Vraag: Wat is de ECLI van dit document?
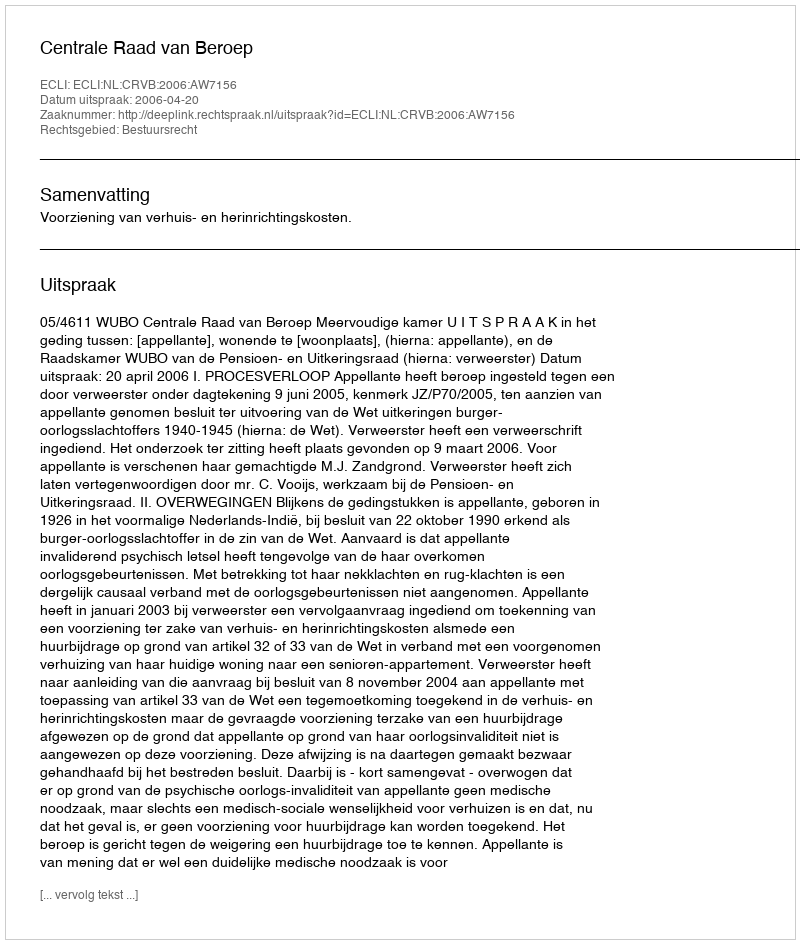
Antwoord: ECLI:NL:CRVB:2006:AW7156